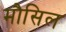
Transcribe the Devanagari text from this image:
मौसिल